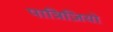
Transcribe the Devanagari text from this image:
पात्रिज़ियो